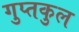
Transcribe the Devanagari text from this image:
गुप्तकुल